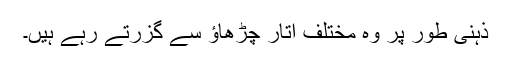
ذہنی طور پر وہ مختلف اتار چڑھاؤ سے گزرتے رہے ہیں۔